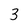
Character: 3